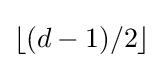
\lfloor (d-1)/2\rfloor